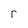
Character: r